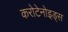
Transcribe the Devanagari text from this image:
करोटेनोइड्स